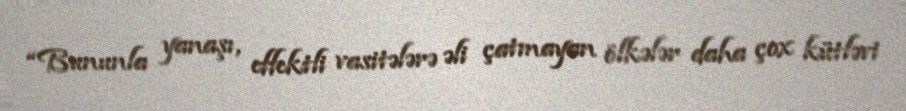
“Bununla yanaşı, effektli vasitələrə əli çatmayan ölkələr daha çox kütləvi